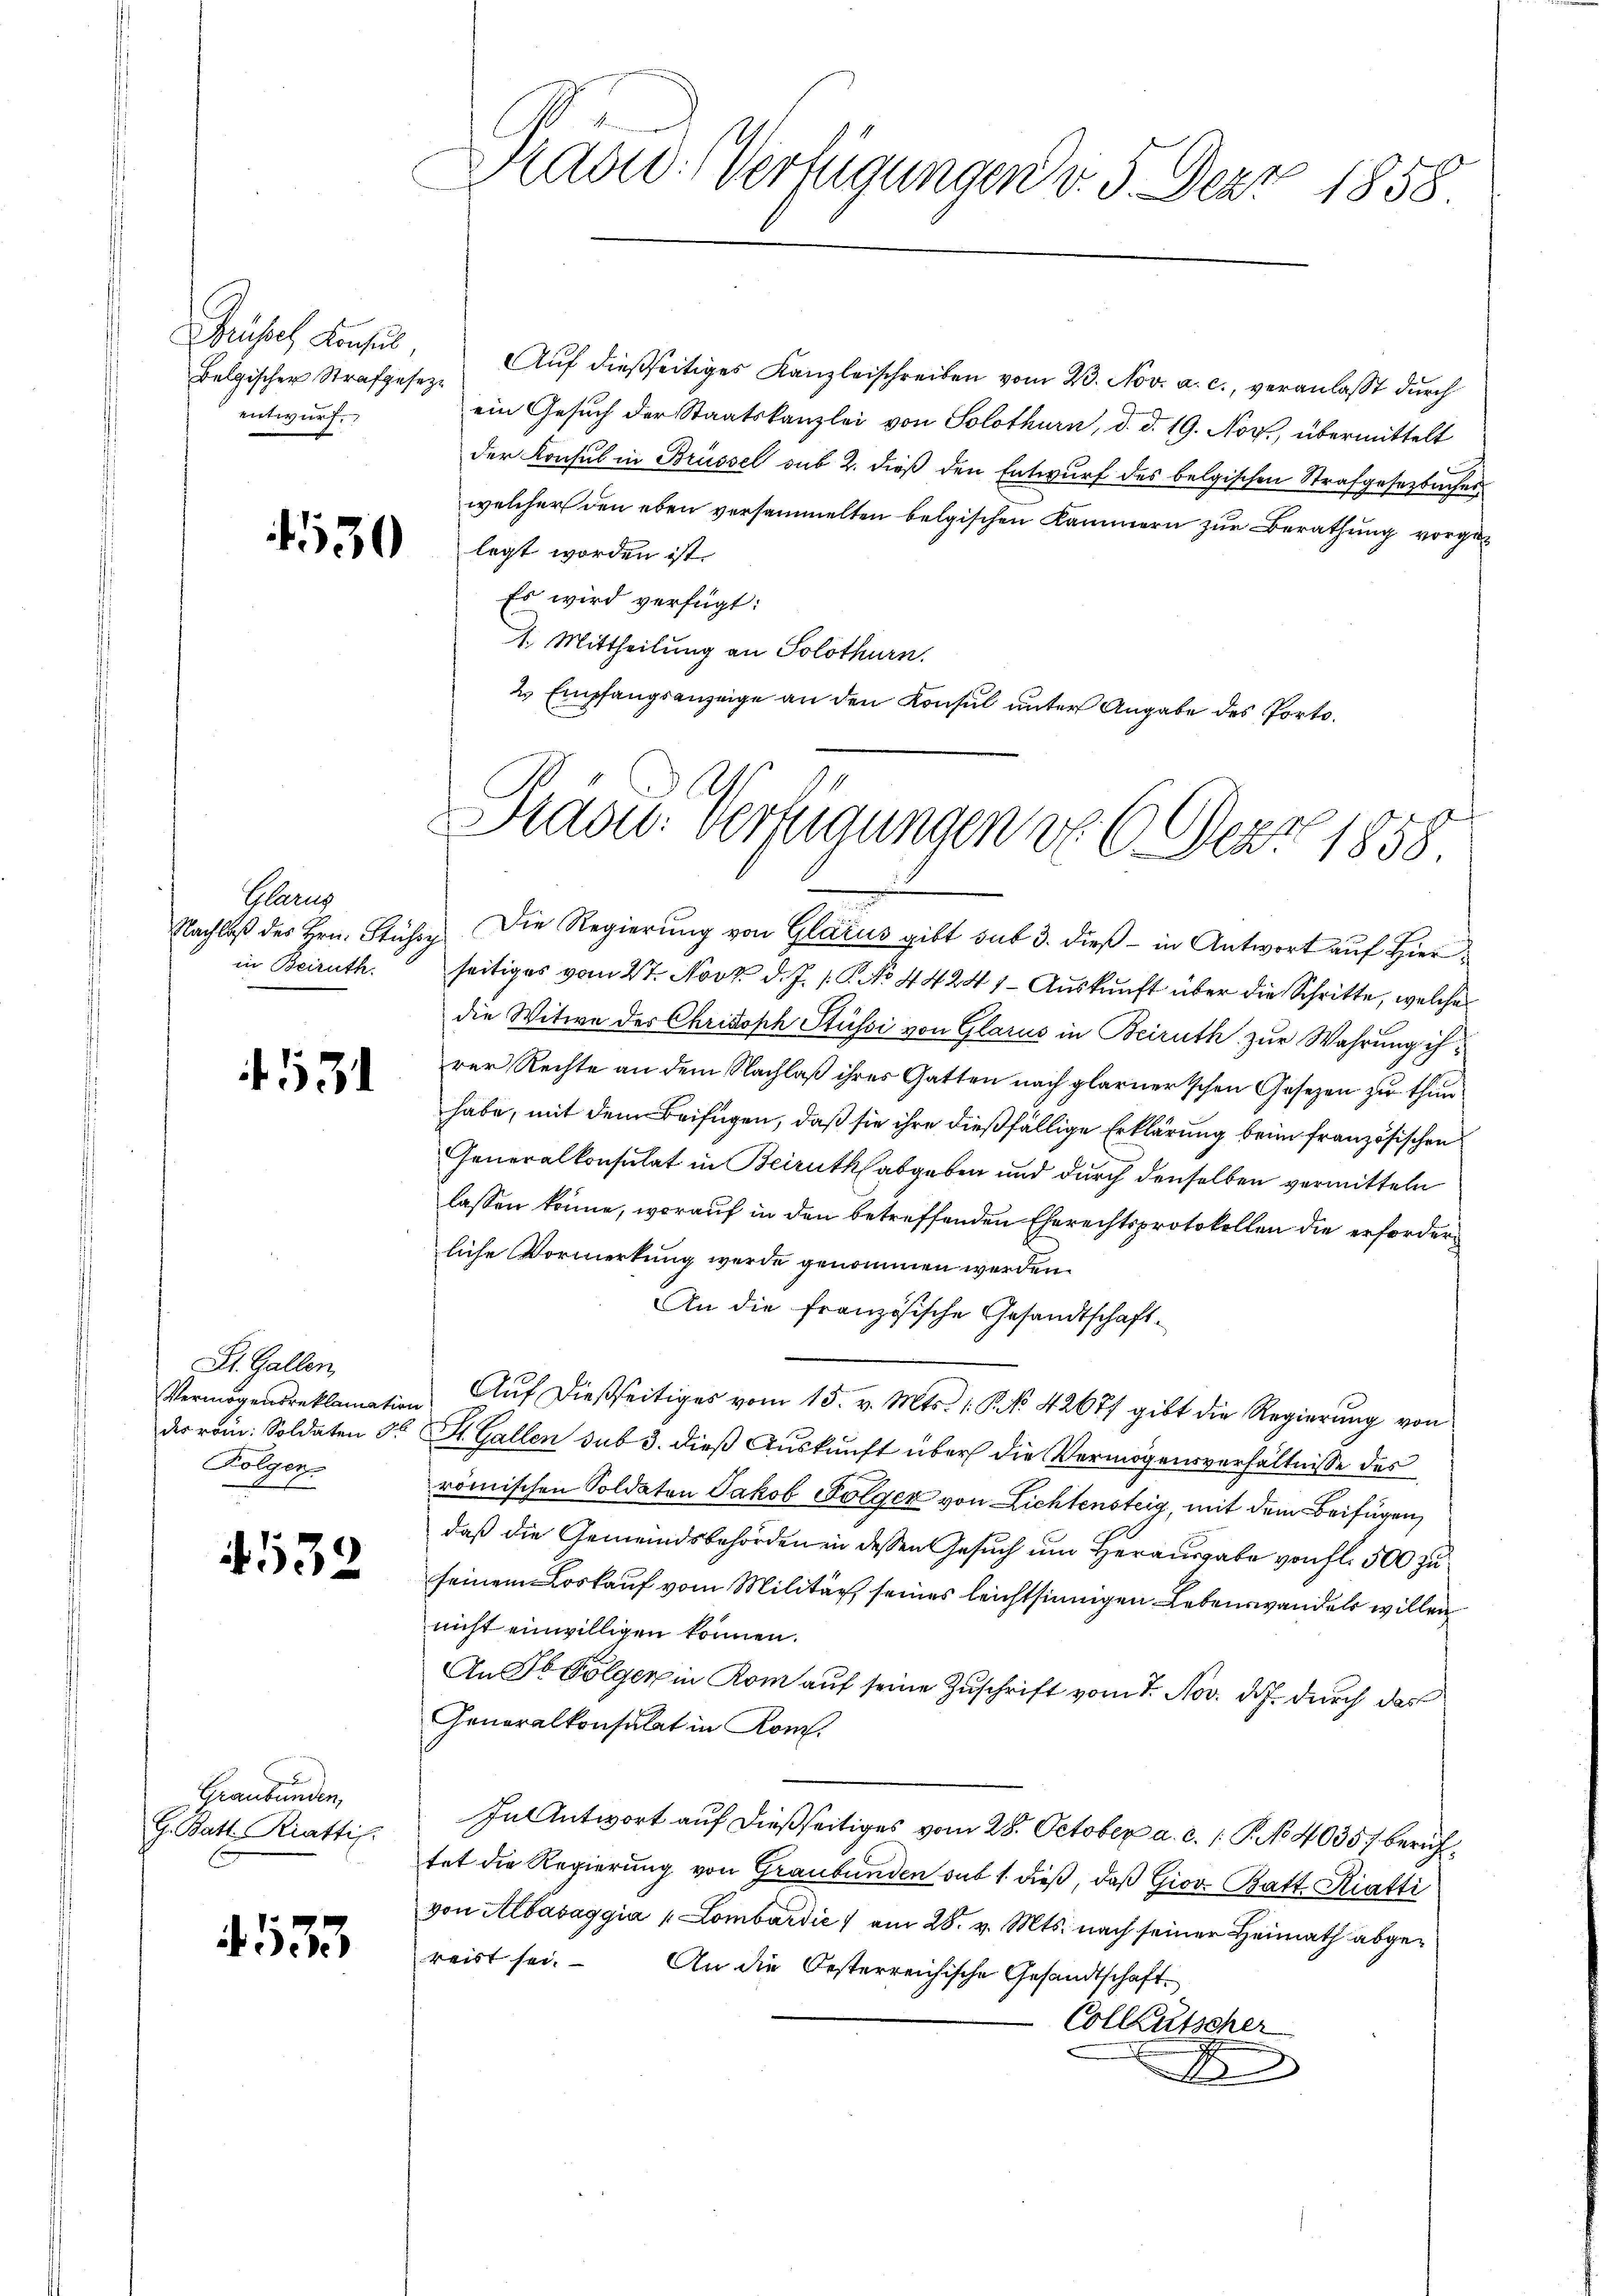
Belgischer Strafgesezentwurf.

1530

Glarus
in Beiruth.

531

St. Gallen
Vermögensreklamation
der rom. Soldaten 30
Folgen
gei

532

Graubünden,
G. Batt Riattis.

433

Praad: Verfügungen d. 5. Der 1858.

Grüssel Konsŭl, Aŭf dießseitiges Kanzleischreiben vom 23. Nov. a. c., veranlasst durch
ein Gesuch der Staatskanzlei von Solothurn, d. d. 19. Nov., übermittelt
der Konsul in Brüssel sub 2. dieß den Entwurf des belgischen Strafgesezbacher
welcher den eben versammelten belgischen Kammern zur Berathung vorgelegt worden ist.
Es wird verfügt:
1. Mittheilung an Solothurn.
2. Empfangsanzeige an den Konsul unter Angabe des Porto¬
Nachlaβ des Hrn. Stühre. Die Regierŭng von Glarus gibt sub 3. dieβ - in Antwort auf Hierseitiges vom 27. Novk d. J. P. No 44247- Auskunft über die Schritte, welche
die Witwe der Chrisoph Stüssi von Glarus in Beiruth zur Wahrung ihrer Rechte an dem Nachlaß ihres Gatten nach plarnerischen Gesetzen zu thun
habe, mit dem Beifügen, daß sie ihre dießfällige Erklärung beim französischen
Generalkonsulat in Beirutkabgeben und durch denselben vermitteln
lassen könne, worauf in den betreffenden Eherechtsprotokollen die erforderliche Vormerkung wurde genommen werden.
An die französische Gesandtschaft
Aŭf dießseitiges vom 15. v. Mts. 1. No 42671 gibt die Regierung von
St. Gallen sub 3. dieß Auskunft über die Vermögensverhältnisse des
römischen Soldaten Jakob Folger von Lichtensteig, mit dem Beifügen,
daß die Gemeindsbehörden in dessen Gesuch um Herausgabe von fl. 500 zu
seinem Loskauf vom Militär seines leichtsinnigen Lebenswandels willen
nicht einwilligen können.
An St. Folger in Rom auf seine Zuschrift vom 7. Nov. d. J. durch das
Generalkonsulat in Kom
In Antwort auf dießseitiges vom 28. October a. c. 1. P. No 4035/ berichtet die Regierung von Graubünden sub 1. dieß, daß Giov. Batt Riatti
von Albasaggia " Lombardić ) am 28. v. Mts. nach seiner Heimath abgereist sei. An die Oesterreichische Gesandtschaft
Colleutscher
x

Sadu. Verfügungen do 6. Der 1858.